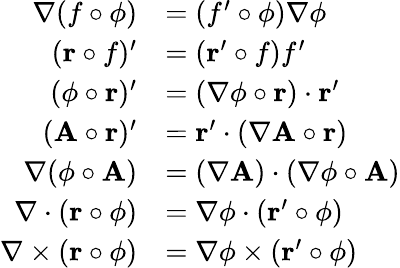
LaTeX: {\begin{array}{rl}{\nabla(f\circ\phi)}&{=\left(f^{\prime}\circ\phi\right)\nabla\phi}\\ {(\mathbf{r}\circ f)^{\prime}}&{=(\mathbf{r}^{\prime}\circ f)f^{\prime}}\\ {(\phi\circ\mathbf{r})^{\prime}}&{=(\nabla\phi\circ\mathbf{r})\cdot\mathbf{r}^{\prime}}\\ {(\mathbf{A}\circ\mathbf{r})^{\prime}}&{=\mathbf{r}^{\prime}\cdot(\nabla\mathbf{A}\circ\mathbf{r})}\\ {\nabla(\phi\circ\mathbf{A})}&{=(\nabla\mathbf{A})\cdot(\nabla\phi\circ\mathbf{A})}\\ {\nabla\cdot(\mathbf{r}\circ\phi)}&{=\nabla\phi\cdot(\mathbf{r}^{\prime}\circ\phi)}\\ {\nabla\times(\mathbf{r}\circ\phi)}&{=\nabla\phi\times(\mathbf{r}^{\prime}\circ\phi)}\end{array}}